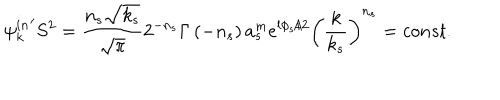
LaTeX: { { \psi } _ { k } ^ { i n } } ^ { \prime } S ^ { 2 } = \frac { n _ { s } \sqrt { k _ { s } } } { \sqrt { \pi } } 2 ^ { - n _ { s } } \Gamma \left( - n _ { s } \right) a _ { s } ^ { m } e ^ { l \phi _ { s } / 2 } \left( \frac k { k _ { s } } \right) ^ { n _ { s } } = c o n s t .